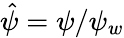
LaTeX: \hat{\psi}=\psi/\psi_{w}